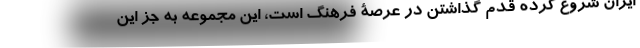
ایران شروع کرده قدم گذاشتن در عرصۀ فرهنگ است، این مجموعه به جز این